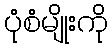
ပုံစံမျိုးကို